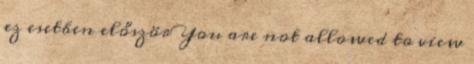
ez esetben először You are not allowed to view